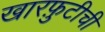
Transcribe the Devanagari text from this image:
खारफ़ुटीची